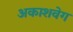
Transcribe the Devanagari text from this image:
अकाशवेग